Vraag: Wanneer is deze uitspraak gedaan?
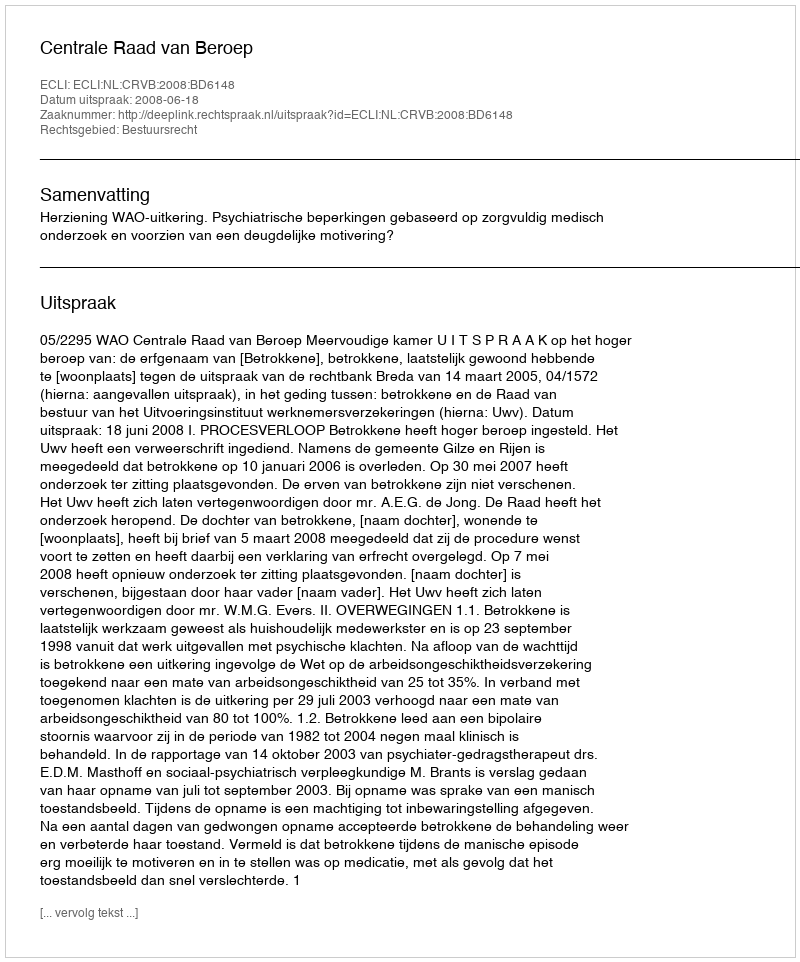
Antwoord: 2008-06-18